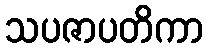
သပဇာပတိကာ